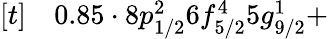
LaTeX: \begin{array}{rl}{[t]}&{{}0.85\cdot 8p_{1/2}^{2}6f_{5/2}^{4}5g_{9/2}^{1}+}\end{array}